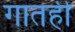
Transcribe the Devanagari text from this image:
गातही